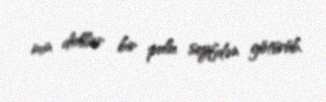
min dollar bir pulu seyfdən götürüb.